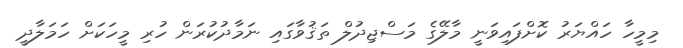
މިމީހާ ހައްޔަރު ކޮށްފައިވަނީ މާލޭގެ މަސްޖިދުލް ތަޤުވާގައި ނަމާދުކުރަން ހުރި މީހަކަށް ހަމަލާދީ